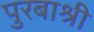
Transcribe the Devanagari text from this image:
पुरबाश्री